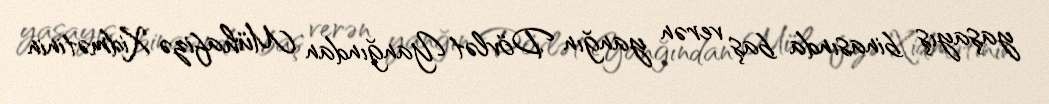
yaşayış binasında baş verən yanğın Dövlət Yanğından Mühafizə Xidmətinin